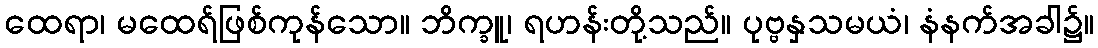
ထေရာ၊ မထေရ်ဖြစ်ကုန်သော။ ဘိက္ခူ၊ ရဟန်းတို့သည်။ ပုဗ္ဗနှသမယံ၊ နံနက်အခါ၌။